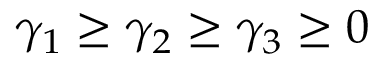
\gamma _ { 1 } \geq \gamma _ { 2 } \geq \gamma _ { 3 } \geq 0